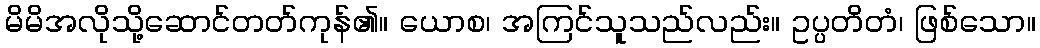
မိမိအလိုသို့ဆောင်တတ်ကုန်၏။ ယောစ၊ အကြင်သူသည်လည်း။ ဥပ္ပတိတံ၊ ဖြစ်သော။